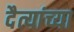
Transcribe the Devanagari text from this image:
दैत्यांच्या